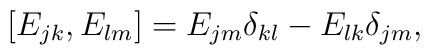
[E_{j k}, E_{l m}] = E_{j m} \delta_{k l} - E_{l k} \delta_{jm},